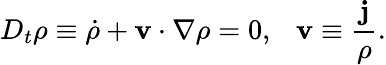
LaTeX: D_{t}\rho\equiv\dot{\rho}+{\mathbf v}\cdot\nabla\rho=0,~~~{\mathbf v}\equiv\frac{\mathbf j}{\rho}.